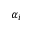
\alpha _ { i }